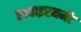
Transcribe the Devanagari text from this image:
एन्वाइरनमेंट